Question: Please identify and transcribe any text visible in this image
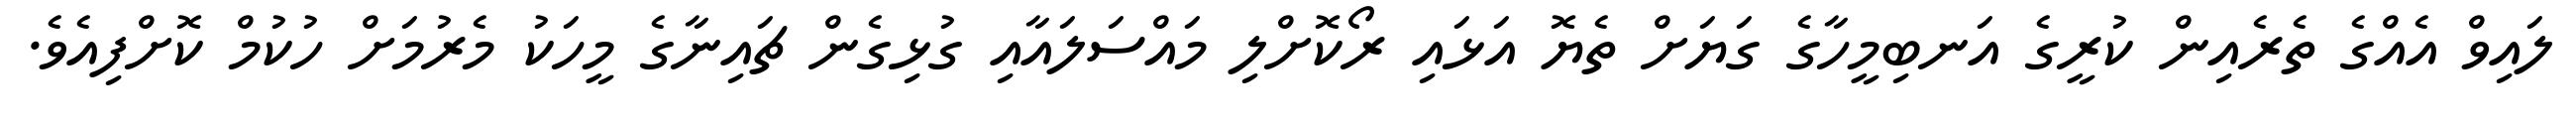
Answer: ލައިވް އެއްގެ ތެރެއިން ކުރީގެ އަނބިމީހާގެ ގަޔަށް ތެޔޮ އަޅައި ރޯކޮށްލި މައްސަލައާއި ގުޅިގެން ޗައިނާގެ މީހަކު މެރުމަށް ހުކުމް ކޮށްފިއެވެ.